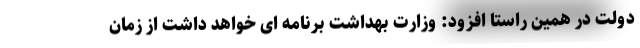
دولت در همین راستا افزود: وزارت بهداشت برنامه ای خواهد داشت از زمان